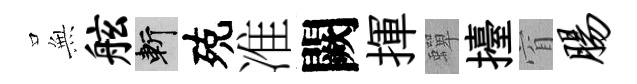
𭴾舷斬殑准闕揮蟬擡窅肠